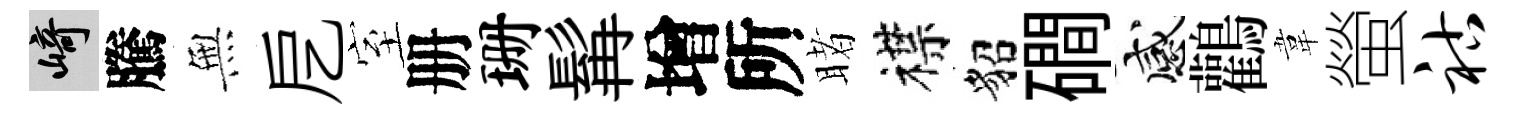
崎騰𭴾戹室册珊髯增所睹襟貂磵感鸛韋螢祜